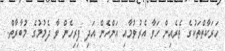
ހަރަކާތްތަކުގެ ތެރެއިން ހަވާ އެރުވުމާއި އަންހެން އަދި ފިރިހެން ވާ ދެމުމުގެ މުބާރާތް.